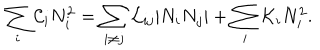
\sum _ { i } { \cal C } _ { i } N _ { i } ^ { 2 } = \sum _ { i \neq j } { \cal L } _ { i j } | N _ { i } N _ { j } | + \sum _ { i } { \cal K } _ { i } N _ { i } ^ { 2 } .